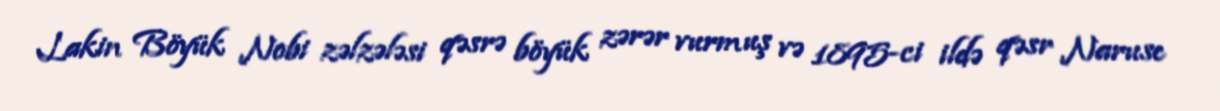
Lakin Böyük Nobi zəlzələsi qəsrə böyük zərər vurmuş və 1895-ci ildə qəsr Naruse